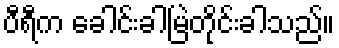
ပီရီက ခေါင်းခါမြဲတိုင်းခါသည်။